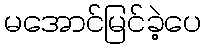
မအောင်မြင်ခဲ့ပေ